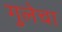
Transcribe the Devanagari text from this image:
गुलेचा